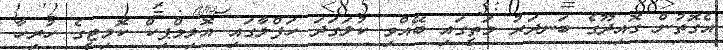
އެގޮތުން ގޮއިދޫގެ ބަނދަރު މަތީގައި ބޭއްވި ކުލަގަދަ ހަފްލާގައި އޮލިމްޕިކް ކޮމިޓީގެ ހުރިހާ